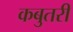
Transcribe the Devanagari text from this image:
कबुतरी